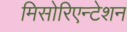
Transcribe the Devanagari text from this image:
मिसोरिएन्टेशन